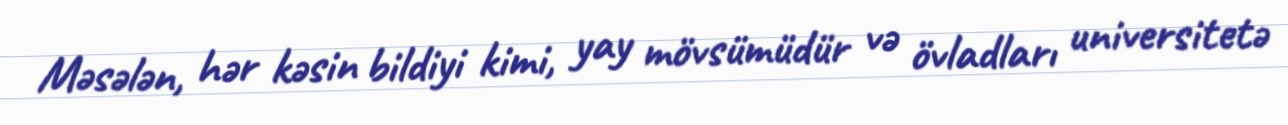
Məsələn, hər kəsin bildiyi kimi, yay mövsümüdür və övladları universitetə